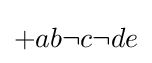
{\textstyle +ab\neg c\neg de}